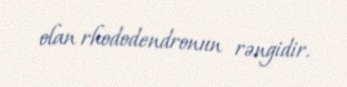
olan rhododendronun rəngidir.